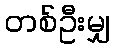
တစ်ဦးမျှ